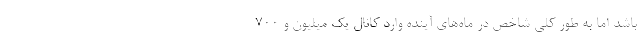
باشد اما به طور کلی شاخص در ماه‌های آینده وارد کانال یک میلیون و ۷۰۰